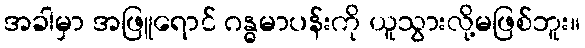
အခါမှာ အဖြူရောင် ဂန္ဓမာပန်းကို ယူသွားလို့မဖြစ်ဘူး။